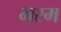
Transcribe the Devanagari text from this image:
भस्‍म